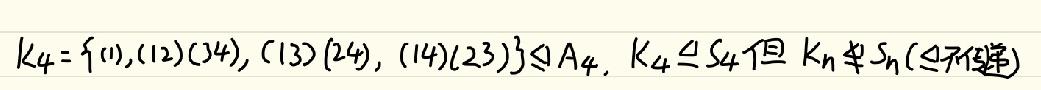
$K_4 = \{ (1),(12)(34),(13)(24),(14)(23)\} \unlhd A_4, K_4 \unlhd S_4 但 K_n \nleq S_n (\nleq 不传递)$